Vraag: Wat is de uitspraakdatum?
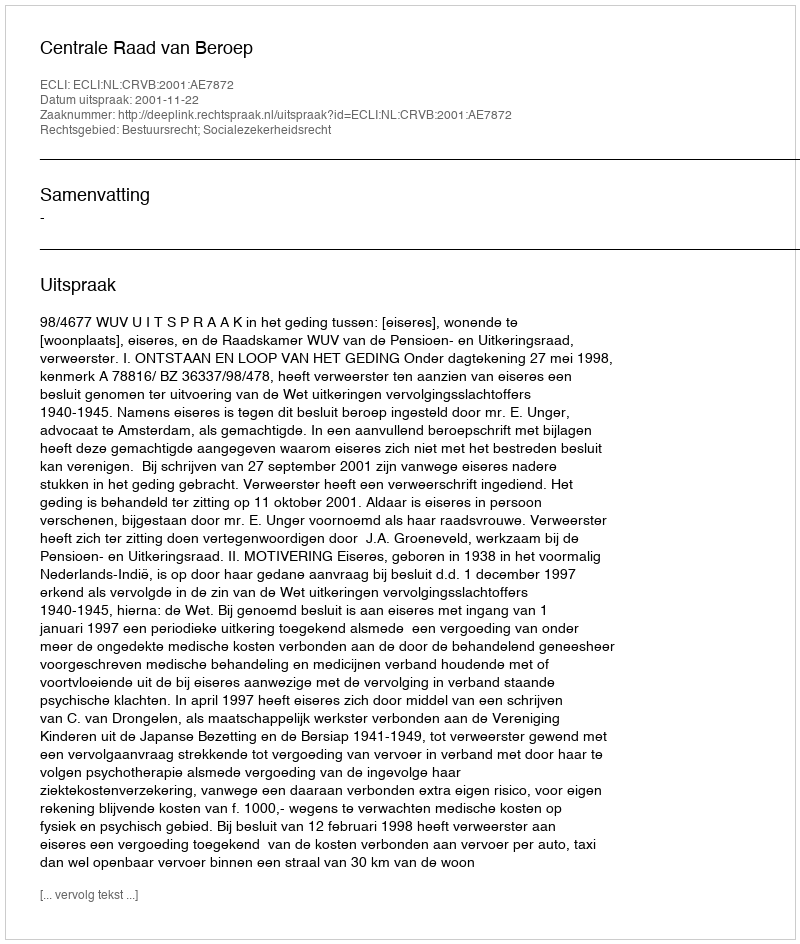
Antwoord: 2001-11-22